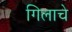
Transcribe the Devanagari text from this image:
गिलाचे